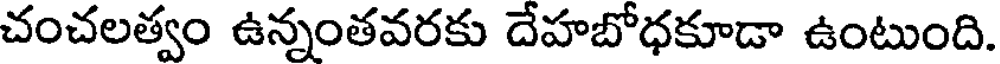
చంచలత్వం ఉన్నంతవరకు దేహబోధకూడా ఉంటుంది.